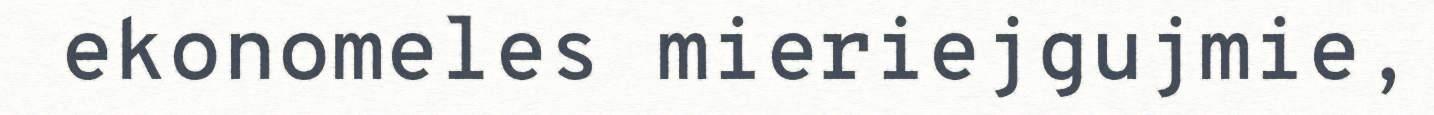
ekonomeles mieriejgujmie,